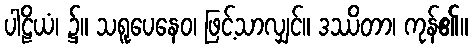
ပါဠိယံ၊ ၌။ သရူပေနေဝ၊ ဖြင့်သာလျှင်။ ဒဿိတာ၊ ကုန်၏။